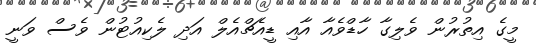
މީގެ އިތުރުން ވެލިގާ ހާޑްވެއާ އާއި ޑީއެޗްއެލް އަދި ލެކިއުޓުން ވެސް ވަނީ